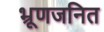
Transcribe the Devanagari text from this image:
भ्रूणजनित